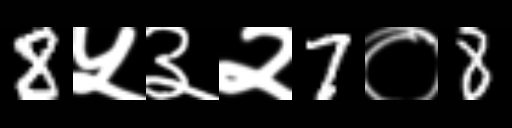
Text: 8५३२7०8